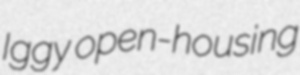
Iggy open-housing